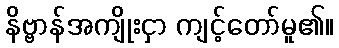
နိဗ္ဗာန်အကျိုးငှာ ကျင့်တော်မူ၏။